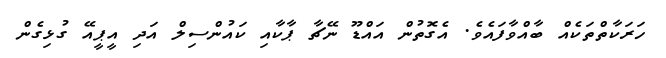
ހަރަކާތްތަކެއް ބާއްވާފައެވެ. އެގޮތުން އައްޑޫ ނޭޗާ ޕާކާއި ކައުންސިލް އަދި އީޕީއޭ ގުޅިގެން